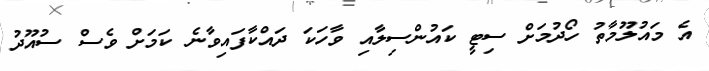
އެ މައުލޫމާތު ހޯދުމަށް ސިޓީ ކައުންސިލާއި ވާހަކަ ދައްކާފައިވާނެ ކަމަށް ވެސް ސުއޫދު